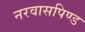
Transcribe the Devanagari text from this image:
नरवासपिण्ड